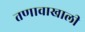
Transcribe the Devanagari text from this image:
तणावाखाली